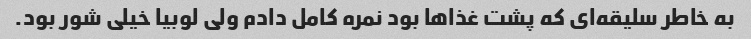
به خاطر سلیقه‌ای که پشت غذا‌ها بود نمره کامل دادم ولی لوبیا خیلی شور بود.